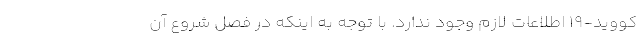
کووید-۱۹ اطلاعات لازم وجود ندارد. با توجه به اینکه در فصل شروع آن